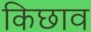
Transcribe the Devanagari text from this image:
किछाव